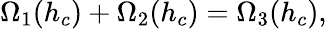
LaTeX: \Omega_{1}(h_{c})+\Omega_{2}(h_{c})=\Omega_{3}(h_{c}),